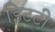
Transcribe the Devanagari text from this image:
इिटटी